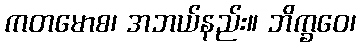
ကတမောစ၊ အဘယ်နည်း။ ဘိက္ခဝေ၊